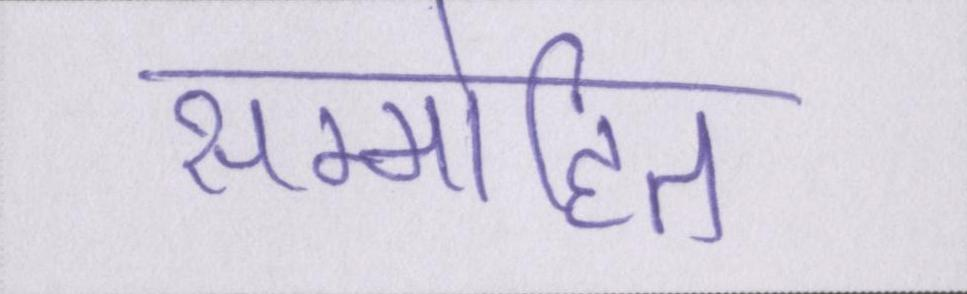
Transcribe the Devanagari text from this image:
सम्मोहित